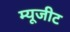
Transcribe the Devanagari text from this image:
म्यूजीट